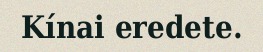
Kínai eredete.